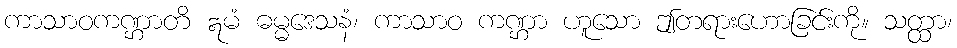
ကာသာဝကဏ္ဌာတိ ဣမံ ဓမ္မဒေသနံ၊ ကာသာဝ ကဏ္ဌာ ဟူသော ဤတရားဟောခြင်းကို။ သတ္ထာ၊